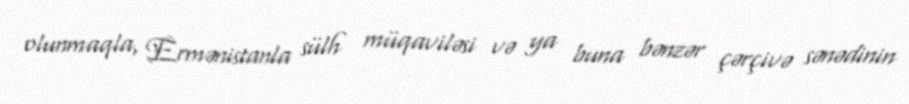
olunmaqla, Ermənistanla sülh müqaviləsi və ya buna bənzər çərçivə sənədinin